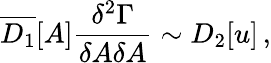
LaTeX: \overline{{{D_{1}}}}[A]\frac{\delta^{2}\Gamma}{\delta A\delta A}\sim D_{2}[u]\, ,